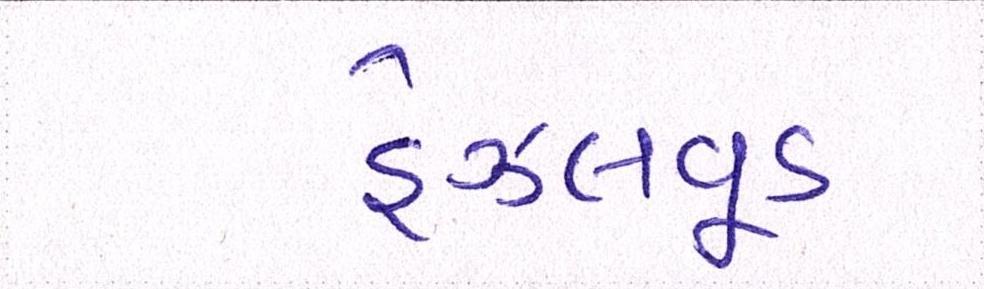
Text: હેઝલવૂડ